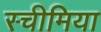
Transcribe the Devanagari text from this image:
स्चीमिया